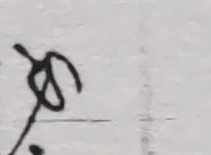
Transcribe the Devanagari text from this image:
हे